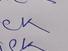
Signature authenticity: genuine